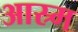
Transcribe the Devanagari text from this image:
आस्र्म